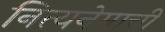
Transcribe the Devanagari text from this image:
नित्यनेमाची